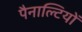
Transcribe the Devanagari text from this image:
पैनाल्टियों